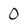
Character: 0